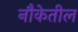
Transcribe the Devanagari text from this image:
नौकेतील